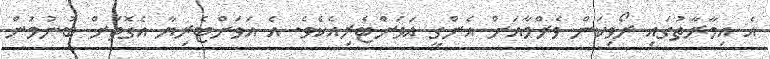
އެ އިމާރާތުގައި ރޯވިކަން ވެރްމާއަށް އެންގީ އަވަަށްޓެރިއެކެވެ. އެ އަވަށްޓެރިޔާ އެގޮތަށް ބުނުމުން